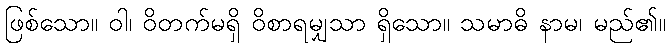
ဖြစ်သော။ ဝါ၊ ဝိတက်မရှိ ဝိစာရမျှသာ ရှိသော။ သမာဓိ နာမ၊ မည်၏။